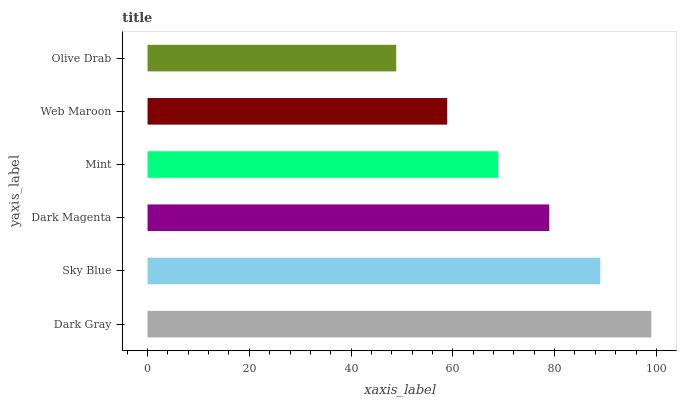
| yaxis_label | bars |
 | --- | --- |
 | Dark Gray | 99 |
 | Sky Blue | 89 |
 | Dark Magenta | 78.9 |
 | Mint | 68.9 |
 | Web Maroon | 58.9 |
 | Olive Drab | 48.9 |